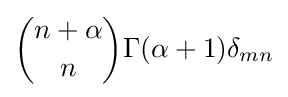
{\binom {n+\alpha }{n}}\Gamma (\alpha +1)\delta _{mn}